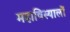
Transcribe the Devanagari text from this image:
महाविस्यालों